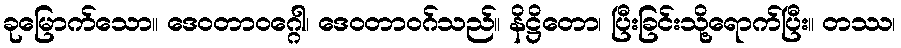
ခုမြောက်သော။ ဒေဝတာဝဂ္ဂေါ၊ ဒေဝတာဝဂ်သည်။ နိဋ္ဌိတော၊ ပြီးခြင်းသို့ရောက်ပြီး။ တဿ၊